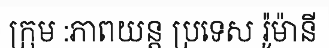
ក្រុម :ភាពយន្ត ប្រទេស រ៉ូម៉ានី